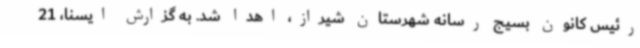
رئیس کانون بسیج رسانه شهرستان شیراز، اهدا شد. به گزارش ایسنا، 21